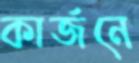
কার্জনে